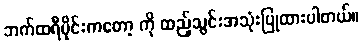
ဘက်ထရီပိုင်းကတော့ ကို ထည့်သွင်းအသုံးပြုထားပါတယ်။